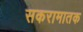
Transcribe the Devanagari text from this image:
सकरामातक